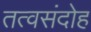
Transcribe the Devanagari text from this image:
तत्वसंदोह